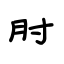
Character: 肘